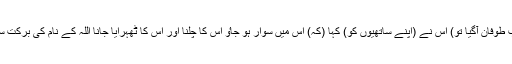
چنانچہ (جب طوفان آگیا تو) اس نے (اپنے ساتھیوں کو) کہا (کہ) اس میں سوار ہو جاٶ اس کا چلنا اور اس کا ٹھہرایا جانا اللہ کے نام کی برکت سے ہی ہوگا۔